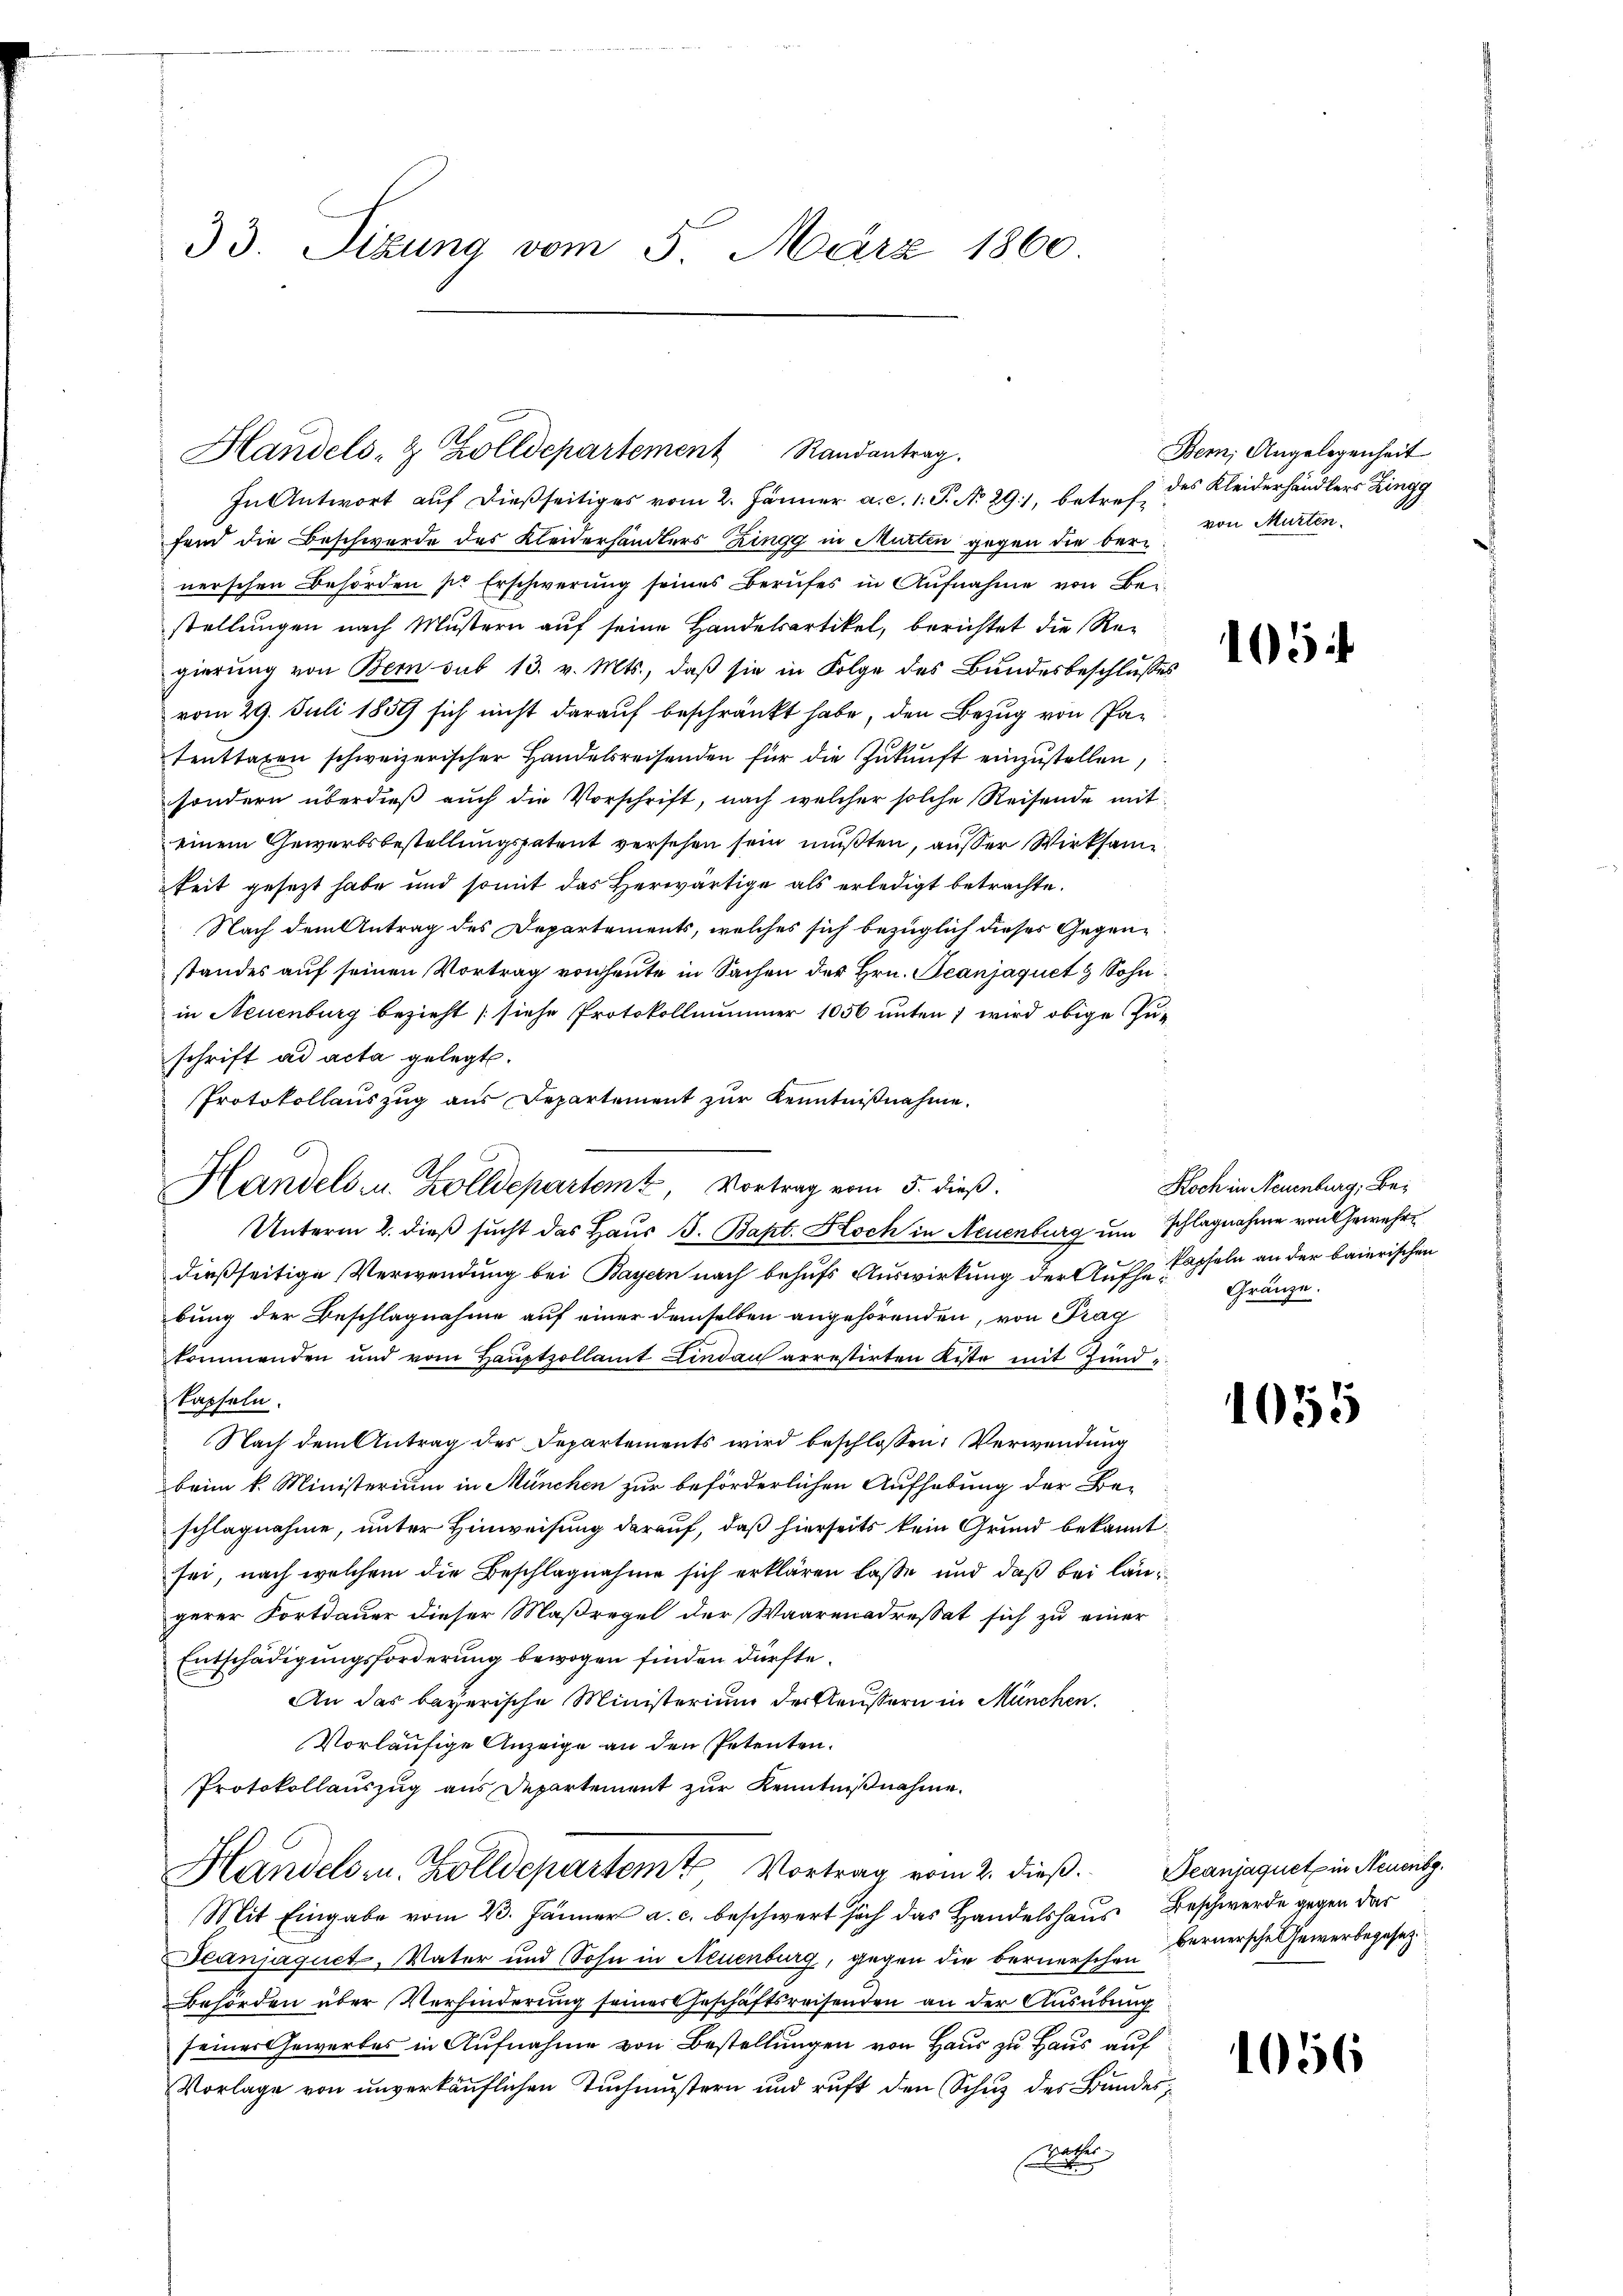
33. Sizung vom 5. März 1860.

A

Handels- & Zolldepartement Randantrag.
fand die Beschwerde des Kleiderhändlers Ringg in Murten gegen die bernerschen Behörden pr Erschwerung seines Berufes in Aufnahme von Beistellungen nach Mustern auf seine Handelsartikel, berichtet die Regierung von Bern sub 13. v. Mts., daß sie in Folge des Bundesbeschlusses
vom 29. Juli 1859 sich nicht darauf beschränkt habe, den Bezug von Patenttaxen schweizerischer Handelsreisenden für die Zŭkŭnft einzustellen,
sondern überdieβ aŭch die Vorschrift, nach welcher solche Reisende mit
einem Gewerbsbestellungspatent versehen sein mußten, ausser Wirksamkeit gesezt habe und somit das Herwärtige als erledigt betrachte.
Nach dem Antrag des Departements, welches sich bezüglich dieses Gegenstandes auf seinen Vortrag von heute in Sachen der Hrn. Jeanjaquet & Sohn
in Neuenburg bezieht (siehe Protokollnummer 1056 unten 1 wird obige Zu-
schrift ad acta gelegt.
Protokollauszug aus Departement zur Kenntnißnahme.
Handels- u. Zolldepartemt, Vortrag vom 5. dieß.
Unterm 2. dieß sucht das Haus B. Bapt. Koch in Neuenburg um schlagnahme von Gewehrdießseitige Verwendung bei Bayern nach behufs Auswirkung der Ausse Kapseln an der baierischen
bung der Beschlagnahme auf einer demselben angehörenden, von Frag
kommenden und vom Hauptzollamt Lindau arrestirten Kiste mit Hund¬
Sapseln.
Nach dem Antrag des Departements wird beschlossen: Verwendung
beim k. Ministerium in München zur beförderlichen Aufhebung der Be-
schlagnahme, unter Hinweisung darauf, daß hierseits kein Grund bekannt:
sei, nach welchem die Beschlagnahme sich erklären lasse und daß bei längerer Fortdauer dieser Maßregel der Waarenadressat sich zu einer
Entschädigungsforderung bewogen finden dürfte.
An das bayerische Ministerium der Aeußern in München.
Vorläufige Anzeige an den Petenten.
Protokollauszug aus Departement zur Kenntnißnahme.
Handelsr. Zolldepartem Vortrag vom 2. dieß. Beanjaguet in Neutg.
Mit Eingabe vom 23. Jänner a. c. beschwert sich das Handelshaus Beschwerde gegen das
Jeanjaguet, Vater und Sohn in Neuenburg, gegen die bernerschen
Behörden über Verhinderung seiner Geschäftsreisenden an der Ausübung
seiner Gewerbes in Aufnahme von Bestellungen von Haus zu Haus auf
Vorlage von unverkäuflichen Tuchmustern und ruft den Schuz des Bundes¬
De

In Antwort auf dießseitiges vom 2. Jänner a. c. 1. P. No 29), betref¬

Bern, Angelegenheit
des Kleiderhändlers Zingg
von Murten.

1054

Koch in Neuenburg, Be¬
Gränze.

1055

1056

bernersche Gewerbegesez